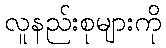
လူနည်းစုများကို